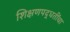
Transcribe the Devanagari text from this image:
शिक्षणपद्धतींचा